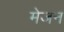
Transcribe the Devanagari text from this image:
मेजन